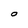
Character: O